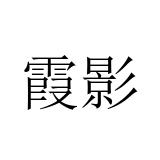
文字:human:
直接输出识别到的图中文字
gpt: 霞影